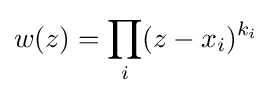
w(z)=\prod _{i}(z-x_{i})^{k_{i}}